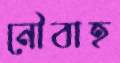
নৌবাহ